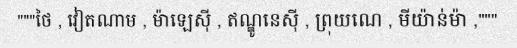
"""ថៃ , វៀតណាម , ម៉ាឡេស៊ី , ឥណ្ឌូនេស៊ី , ព្រុយណេ , មីយ៉ាន់ម៉ា ,"""